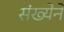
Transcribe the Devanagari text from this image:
संख्‍येने